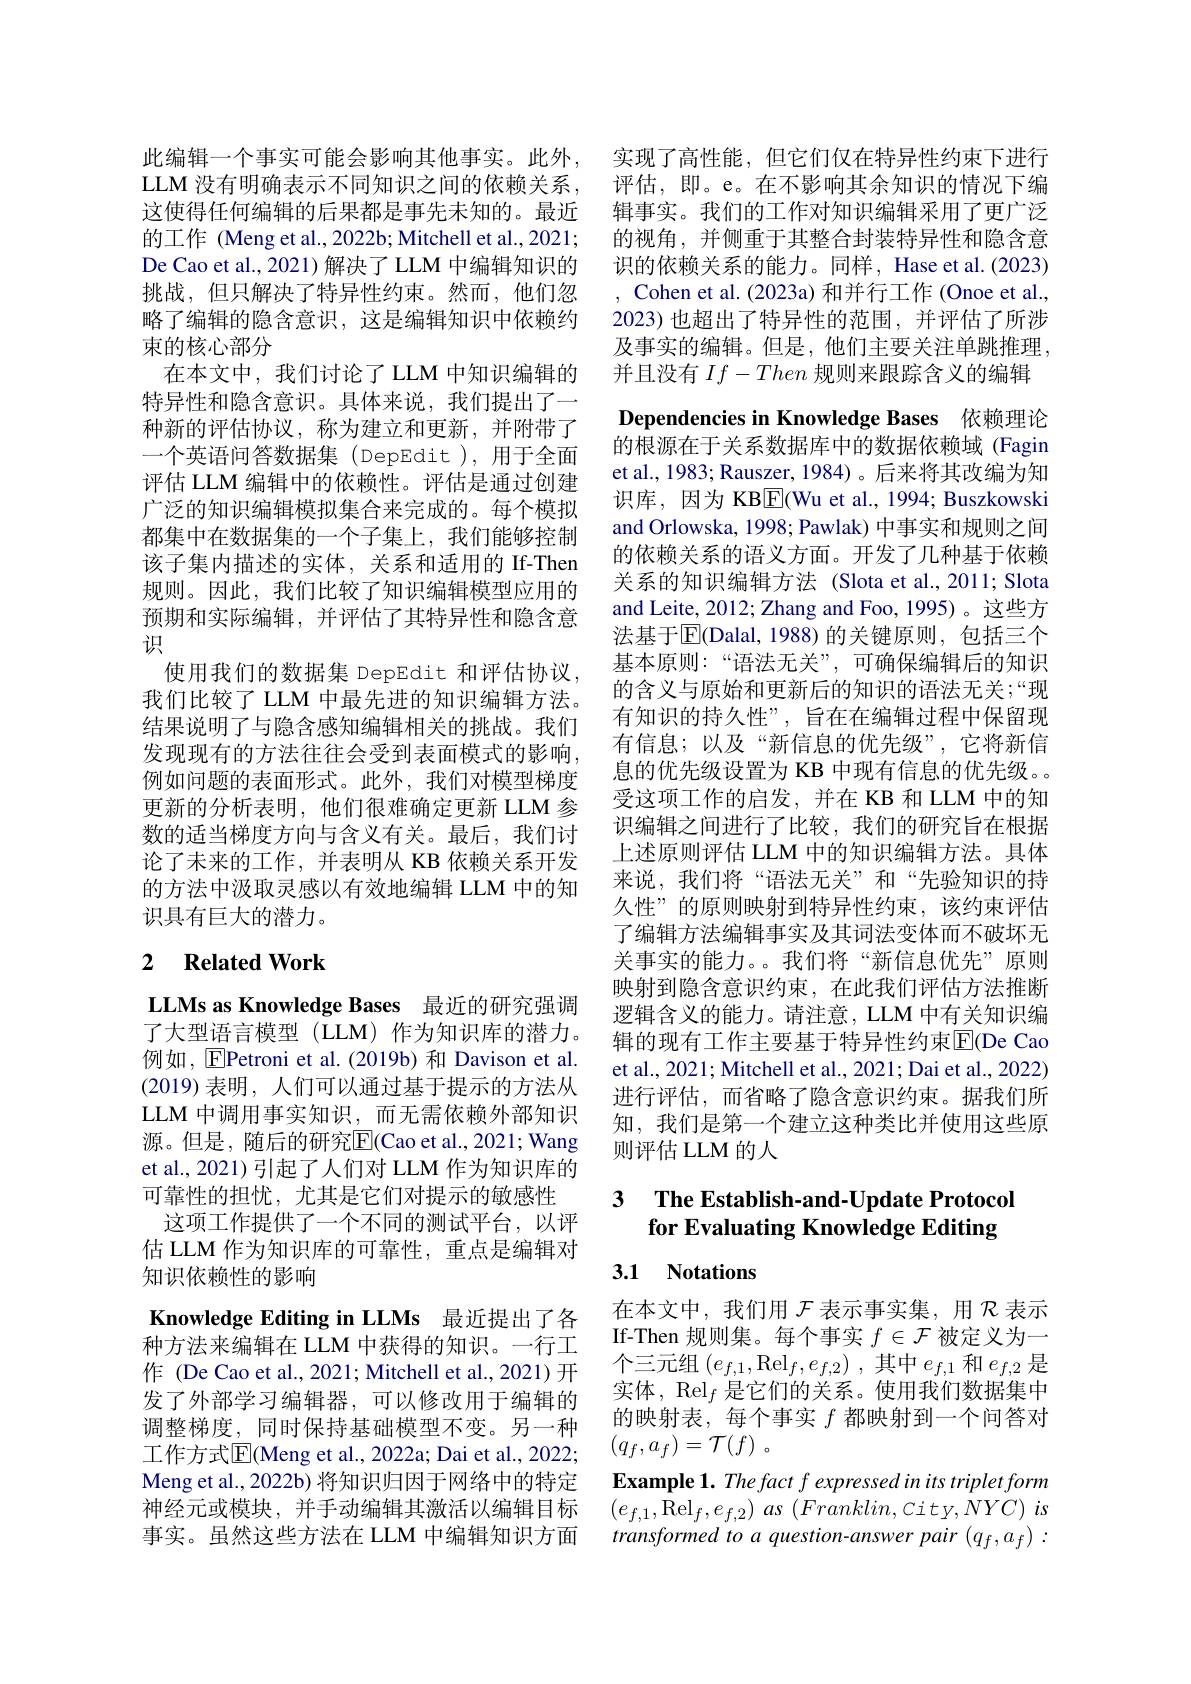
此编辑一个事实可能会影响其他事实。此外，实现了高性能，但它们仅在特异性约束下进行LLM 没有明确表示不同知识之间的依赖关系，评估，即。e。在不影响其余知识的情况下编这使得任何编辑的后果都是事先未知的。最近
的工作 (Meng et al., 2022b; Mitchell et al., 2021; De Cao et al., 2021) 解决了 LLM 中编辑知识的挑战，但只解决了特异性约束。然而，他们忽略了编辑的隐含意识，这是编辑知识中依赖约束的核心部分
在本文中，我们讨论了LLM 中知识编辑的特异性和隐含意识。具体来说，我们提出了一种新的评估协议，称为建立和更新，并附带了一个英语问答数据集 (DepEdit),用于全面评估 LLM 编辑中的依赖性。评估是通过创建广泛的知识编辑模拟集合来完成的。每个模拟都集中在数据集的一个子集上，我们能够控制该子集内描述的实体，关系和适用的 If-Then 规则。因此，我们比较了知识编辑模型应用的预期和实际编辑，并评估了其特异性和隐含意识
使用我们的数据集 DepEdit 和评估协议， 我们比较了 LLM 中最先进的知识编辑方法。结果说明了与隐含感知编辑相关的挑战。我们发现现有的方法往往会受到表面模式的影响， 例如问题的表面形式。此外，我们对模型梯度更新的分析表明，他们很难确定更新 LLM 参数的适当梯度方向与含义有关。最后，我们讨论了未来的工作，并表明从 KB 依赖关系开发的方法中汲取灵感以有效地编辑 LLM 中的知识具有巨大的潜力。

## 2 $\textbf{Related Work}$

LLMs as Knowledge Bases 最近的研究强调

了大型语言模型(LLM)作为知识库的潜力。例如，$\boxed{\mathrm{E}}$Petroni et al.(2019b)和 Davison et al. (2019)表明，人们可以通过基于提示的方法从LLM 中调用事实知识，而无需依赖外部知识源。但是，随后的研究$\mathbb{E}($Cao et al., 2021; Wang et al., 2021) 引起了人们对 LLM 作为知识库的可靠性的担忧，尤其是它们对提示的敏感性
这项工作提供了一个不同的测试平台，以评估 LLM 作为知识库的可靠性，重点是编辑对知识依赖性的影响
Knowledge Editing in LLMs 最近提出了各种方法来编辑在 LLM 中获得的知识。一行工作 (De Cao et al., 2021; Mitchell et al., 2021)开发了外部学习编辑器，可以修改用于编辑的调整梯度，同时保持基础模型不变。另一种工作方式$\overline{\mathrm{E}}($Meng et al., 2022a; Dai et al., 2022; Meng et al., 2022b) 将知识归因于网络中的特定神经元或模块，并手动编辑其激活以编辑目标事实。虽然这些方法在 LLM 中编辑知识方面

Dependencies in Knowledge Bases 依赖理论

辑事实。我们的工作对知识编辑采用了更广泛的视角，并侧重于其整合封装特异性和隐含意识的依赖关系的能力。同样，Hase et al.(2023) , Cohen et al. (2023a) 和并行工作 (Onoe et al., 2023)也超出了特异性的范围，并评估了所涉及事实的编辑。但是，他们主要关注单跳推理， 并且没有$If-Then$规则来跟踪含义的编辑的根源在于关系数据库中的数据依赖域 (Fagin et al., 1983; Rauszer, 1984)。后来将其改编为知识库，因为 KB$\boxed{\mathrm{F}}($Wu et al., 1994; Buszkowski and Orlowska, 1998; Pawlak) 中事实和规则之间的依赖关系的语义方面。开发了几种基于依赖关系的知识编辑方法 (Slota et al.,2011; Slota and Leite, 2012; Zhang and Foo, 1995)。这些方法基于$\overline{\mathrm{E}}($Dalal,1988)的关键原则，包括三个基本原则：“语法无关”,可确保编辑后的知识的含义与原始和更新后的知识的语法无关；“现有知识的持久性”,旨在在编辑过程中保留现有信息；以及“新信息的优先级”,它将新信息的优先级设置为 KB 中现有信息的优先级。。受这项工作的启发，并在 KB 和 LLM 中的知识编辑之间进行了比较，我们的研究旨在根据上述原则评估 LLM 中的知识编辑方法。具体来说，我们将“语法无关”和“先验知识的持久性”的原则映射到特异性约束，该约束评估了编辑方法编辑事实及其词法变体而不破坏无关事实的能力。。我们将“新信息优先”原则映射到隐含意识约束，在此我们评估方法推断逻辑含义的能力。请注意，LLM 中有关知识编辑的现有工作主要基于特异性约束|El(De Cao et al., 2021; Mitchell et al., 2021; Dai et al., 2022) 进行评估，而省略了隐含意识约束。据我们所知，我们是第一个建立这种类比并使用这些原则评估 LLM 的人

### 3 $\textbf{The Establish- and- Update Protocol}$ for Evaluating Knowledge Editing

# 3.1 Notations

在本文中，我们用$\mathcal{F}$表示事实集，用$\mathcal{R}$表示If-Then 规则集。每个事实$f\in\mathcal{F}$被定义为一个三元组$( e_f, 1, \operatorname { Rel} _f, e_{f, 2})$ ,其中$e_f,1$和$e_f,2$是实体，$\operatorname{Rel}_f$是它们的关系。使用我们数据集中的映射表，每个事实$f$都映射到一个问答对$( q_f, a_f) = \mathcal{T} ( f)$ 。
Example 1. The fact f expressed in its triplet form $( e_{f, 1}, \mathrm{Rel}_{f}, e_{f, 2})$ $as$ $( Franklin, city, NYC)$ $is$